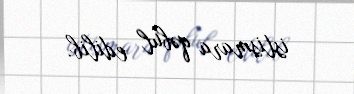
istismara qəbul edilib.